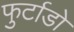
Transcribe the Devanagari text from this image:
फुर्टाडो